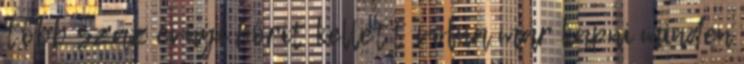
több száz évnyi börit kellett volna már kapni minden